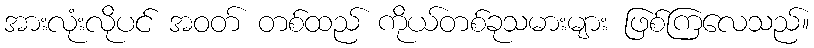
အားလုံးလိုပင် အဝတ် တစ်ထည် ကိုယ်တစ်ခုသမားများ ဖြစ်ကြလေသည်။